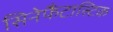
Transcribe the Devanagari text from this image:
सिनेफैंटास्टिक